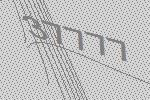
37777